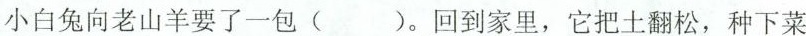
小白兔向老山羊要了一包( )。回到家里，它把土翻松，种下菜